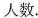
人数.